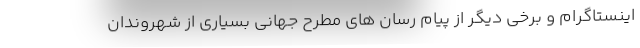
اینستاگرام و برخی دیگر از پیام رسان های مطرح جهانی بسیاری از شهروندان